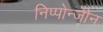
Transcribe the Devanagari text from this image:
निप्पोन्जीन